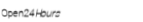
Open24Hours